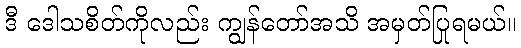
ဒီ ဒေါသစိတ်ကိုလည်း ကျွန်တော်အသိ အမှတ်ပြုရမယ်။